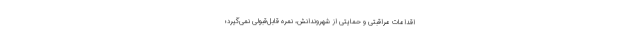
اقدامات مراقبتی و حمایتی از شهروندانش، نمره قابل‌قبولی نمی‌گیرد؛